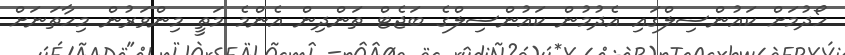
ހޯދުމަށް ކައުންސިލްގައި އެދުމުން ކައުންސިލްގެ ބަޖެޓް ތަންދިން އެންމެ މަތީ މިންވަރުން މިހާތަނަށް